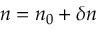
n = n _ { 0 } + \delta n